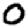
Digit: 0